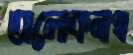
অলোকনাথ